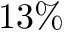
1 3 \%